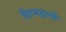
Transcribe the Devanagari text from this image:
विरभद्राची